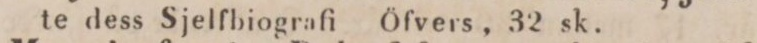
te dess Sjelfbiografi Öfvers, 32 sk.